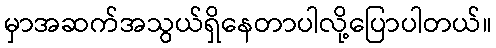
မှာအဆက်အသွယ်ရှိနေတာပါလို့ပြောပါတယ်။